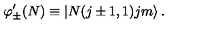
\varphi _ { \pm } ^ { \prime } ( N ) \equiv \left| N ( j \pm 1 , 1 ) j m \right\rangle .